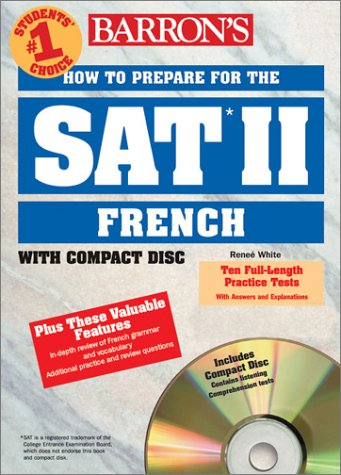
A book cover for How to Prepare for the SAT II French: with Audio Compact Discs (Barron's SAT Subject Test French (W/CD)); Renee White; Test Preparation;